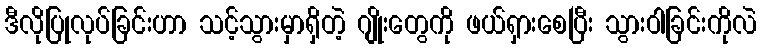
ဒီလိုပြုလုပ်ခြင်းဟာ သင့်သွားမှာရှိတဲ့ ဂျိုးတွေကို ဖယ်ရှားစေပြီး သွားဝါခြင်းကိုလဲ